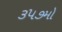
૩૫૭મો